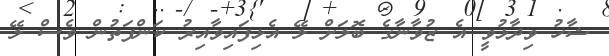
ޝާހު ވިދާޅުވީ އެ ޒުވާނާގެ ބޮލަށް ލޭ އެޅިފައިވާއިރު ކަންފަތުން ވެސް ލޭ